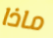
ماذا